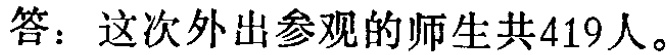
答：这次外出参观的师生共419人。